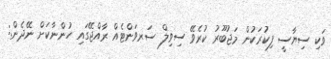
ވަކި ސިޔާސީ ފިކުރަކުން މަޖުބޫރު ކުރެވޭ ސިވިލް ސަރވަންޓެއް ރާއްޖޭގައި ހުންނާކަށް ނޭދެން.: